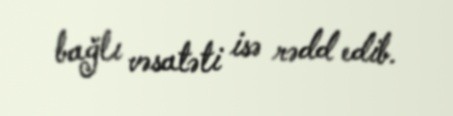
bağlı vəsatəti isə rədd edib.